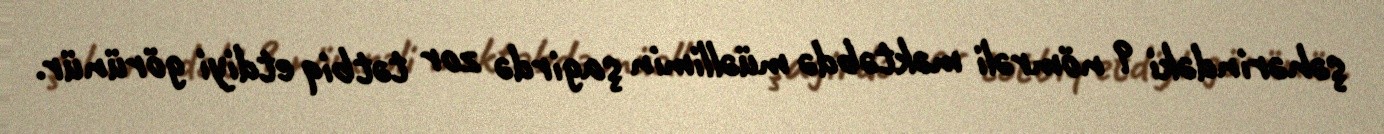
şəhərindəki 9 nömrəli məktəbdə müəllimin şagirdə zor tətbiq etdiyi görünür.